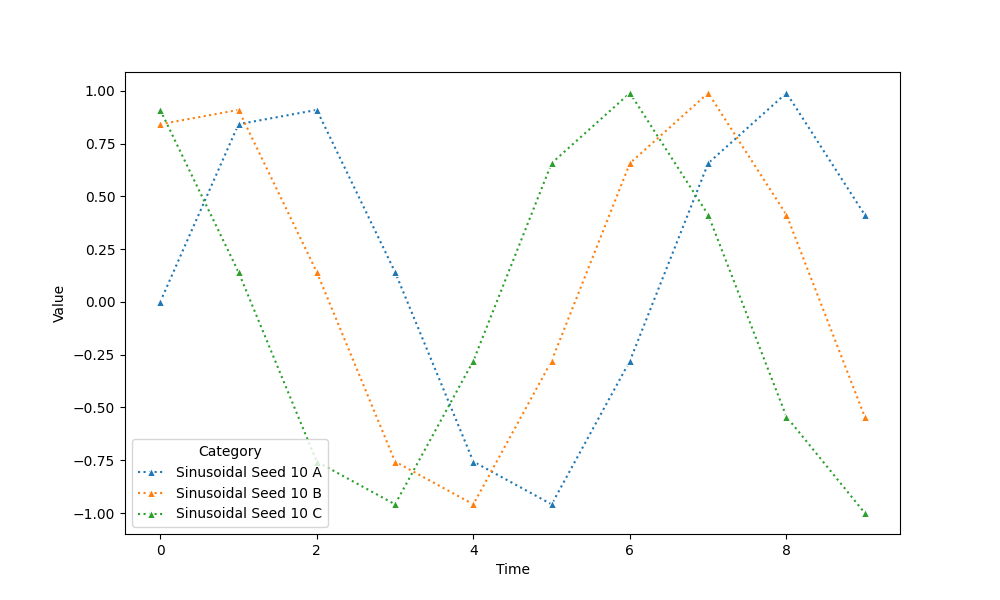
python, seaborn, lineplot, style='dotted', marker='^'